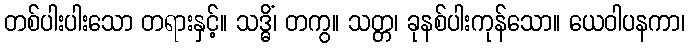
တစ်ပါးပါးသော တရားနှင့်။ သဒ္ဓိံ၊ တကွ။ သတ္တ၊ ခုနစ်ပါးကုန်သော။ ယေဝါပနကာ၊